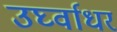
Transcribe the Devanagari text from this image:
उर्घ्वाधर